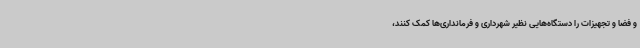
و فضا و تجهیزات را دستگاه‌هایی نظیر شهرداری و فرمانداری‌ها کمک کنند،